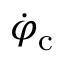
\dot { \varphi } _ { \mathrm { c } }